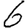
Digit: 6